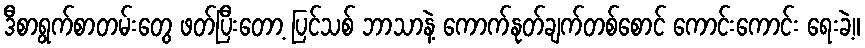
ဒီစာရွက်စာတမ်းတွေ ဖတ်ပြီးတော့ ပြင်သစ် ဘာသာနဲ့ ကောက်နုတ်ချက်တစ်စောင် ကောင်းကောင်း ရေးခဲ့။